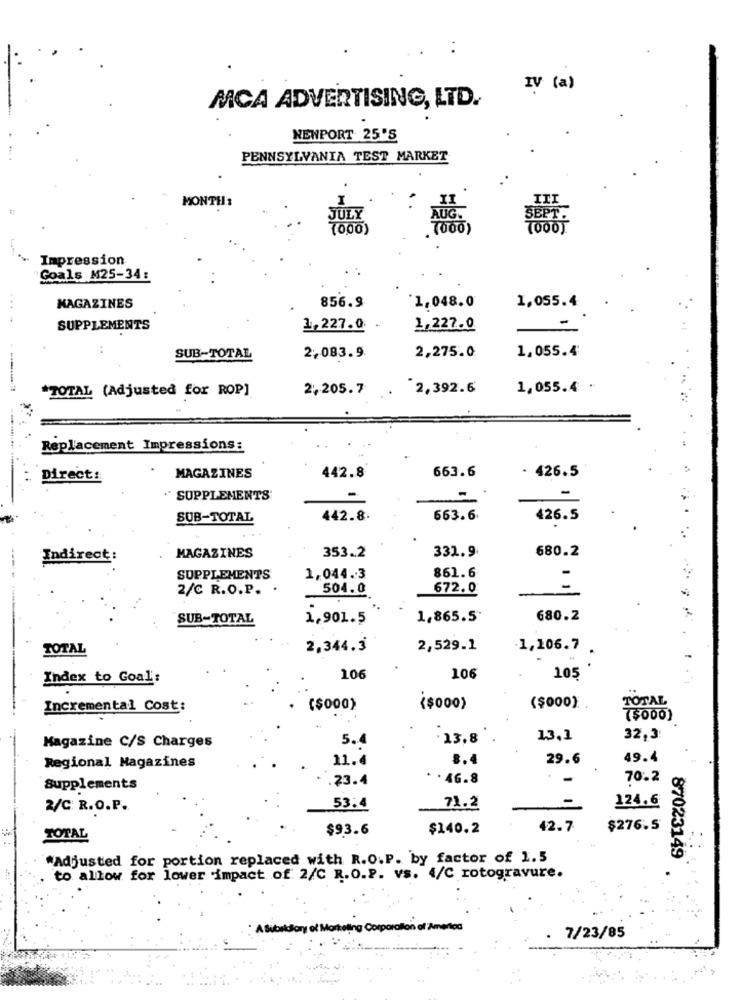
IV (a)
MCA ADVERTISING, LTD.
NEWPORT 25'S
PENNSYLVANIA TEST MARKET
MONTH:
ILI
JULY
AUG.
SEPT.
(000)
(000)
Impression
Goals M25-34:
1.055.4
MAGAZINES
856.9
`1,048.0
SUPPLEMENTS
1,227.0
1.227.0
-
1.055.4
SUB-TOTAL
2,083.9
2,275.0
*TOTAL (Adjusted for ROP]
2,205.7
"2,392.6
1,055.4 .
Replacement Impressions:
663.6
- 426.5
Direct:
MAGAZINES
442.8
" SUPPLEMENTS'
-
-
SUB-TOTAL
442.8.
663.6.
426.5
331.9
680.2
Indirect:
MAGAZINES
353.2
SUPPLEMENTS
1,044.3
861.6
2/C R.O.P. .
504.0
672.0
1 1
SUB-TOTAL
1,901.5
1,865.5º
680.2
TOTAL
2,344.3
2,529.1
1,106.7 .
Index to Goal:
106
106
105
TOTAL
Incremental Cost:
($000)
($000)
($000)
($000)
Magazine C/S Charges
5.4
.13,8
13,1
32,3
11.4
8.4
29.6
49.4
Regional Magazines
.23.4
* . 46.8
70.2
Supplements
-
124.6
2/C R.O.P.
53.4
71.2
$93.6
$140.2
42.7
$276.5
TOTAL
""Adjusted for portion replaced with R.O.P. by factor of 1.5
87023149
to allow for lower impact of 2/C R.O.P. vs. 4/C rotogravure.
A &worldory of Marteling Corp
aton of
7/23/85